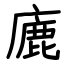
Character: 廘